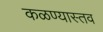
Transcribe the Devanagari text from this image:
कळण्यास्तव